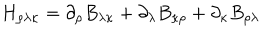
LaTeX: H _ { \rho \lambda \kappa } = \partial _ { \rho } B _ { \lambda \kappa } + \partial _ { \lambda } B _ { \kappa \rho } + \partial _ { \kappa } B _ { \rho \lambda }